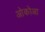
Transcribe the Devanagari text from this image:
ओकोआ